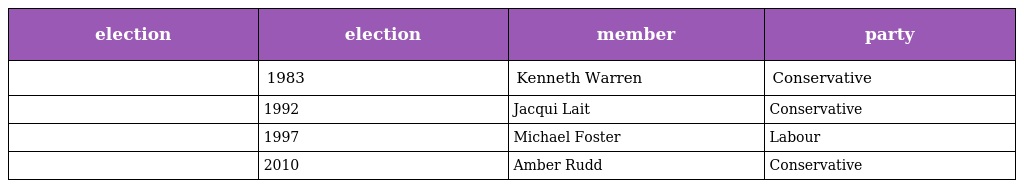
| election | election | member | party |
 | --- | --- | --- | --- |
 |  | 1983 | Kenneth Warren | Conservative |
 |  | 1992 | Jacqui Lait | Conservative |
 |  | 1997 | Michael Foster | Labour |
 |  | 2010 | Amber Rudd | Conservative |